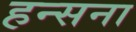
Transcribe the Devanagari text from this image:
हन्सना